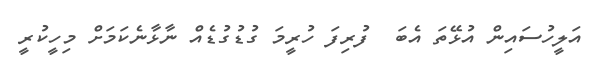
އަލީހުސައިން އުޅޭތަ އެބަ  ފުރިފަ ހުރީމަ ގުޑުގުޑެއް ނާޅާނެކަމަށް މިހީކުރީ